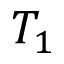
T _ { 1 }